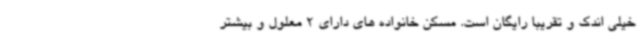
خیلی اندک و تقریبا رایگان است. مسکن خانواده های دارای 2 معلول و بیشتر